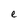
Character: e